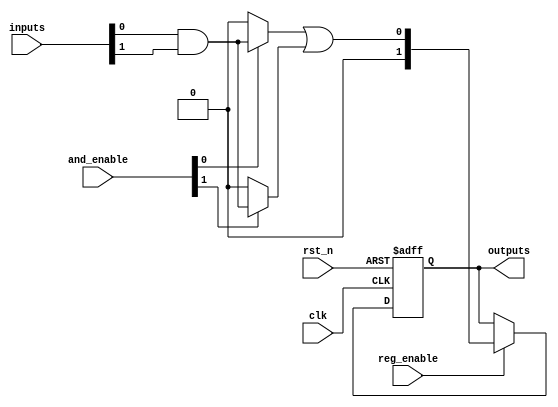
module RPAL #(
    parameter NUM_INPUTS = 8,      // Number of input signals
    parameter NUM_AND_GATES = 4,    // Number of programmable AND gates
    parameter NUM_OR_GATES = 2       // Number of fixed OR gates
)(
    input wire clk,                  // Clock signal
    input wire rst_n,                // Active low reset signal
    input wire [NUM_INPUTS-1:0] inputs, // Input signals
    input wire [NUM_AND_GATES-1:0] and_enable, // Control signals for AND gates
    input wire reg_enable,           // Control signal to enable registers
    output reg [NUM_OR_GATES-1:0] outputs // Registered outputs
);

// Internal wires for AND gate outputs
wire [NUM_AND_GATES-1:0] and_outputs;

// Programmable AND array
genvar i;
generate
    for (i = 0; i < NUM_AND_GATES; i = i + 1) begin : and_array
        assign and_outputs[i] = and_enable[i] ? (inputs[0] & inputs[1]) : 1'b0; // Example: AND with first two inputs
        // You can modify the logic here to connect to different inputs based on your configuration
    end
endgenerate

// Fixed OR array
wire or_output;
assign or_output = and_outputs[0] | and_outputs[1]; // Example: OR of first two AND outputs
// You can expand this to include more AND outputs as needed

// Registered outputs
always @(posedge clk or negedge rst_n) begin
    if (!rst_n) begin
        outputs <= 0; // Reset outputs
    end else if (reg_enable) begin
        outputs <= or_output; // Capture OR output in registers
    end
end

endmodule